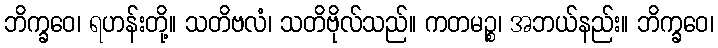
ဘိက္ခဝေ၊ ရဟန်းတို့။ သတိဗလံ၊ သတိဗိုလ်သည်။ ကတမဉ္စ၊ အဘယ်နည်း။ ဘိက္ခဝေ၊